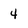
Character: 4